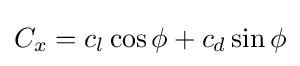
C_{x}=c_{l}\cos \phi +c_{d}\sin \phi